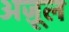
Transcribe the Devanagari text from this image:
अज़ूल